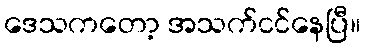
ဒေသကတော့ အသက်ငင်နေပြီ။